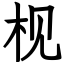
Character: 枧